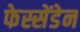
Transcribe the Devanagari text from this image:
फेस्सेंडेन